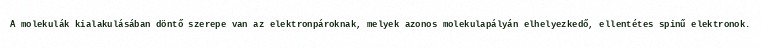
A molekulák kialakulásában döntő szerepe van az elektronpároknak, melyek azonos molekulapályán elhelyezkedő, ellentétes spinű elektronok.